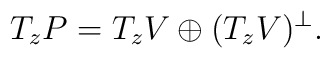
T_zP=T_z V\oplus (T_zV)\sp\perp.